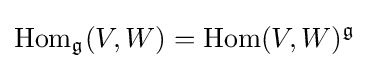
\operatorname {Hom} _{\mathfrak {g}}(V,W)=\operatorname {Hom} (V,W)^{\mathfrak {g}}